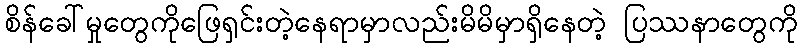
စိန်ခေါ်မှုတွေကိုဖြေရှင်းတဲ့နေရာမှာလည်းမိမိမှာရှိနေတဲ့ ပြဿနာတွေကို